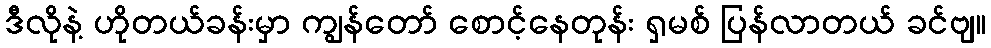
ဒီလိုနဲ့ ဟိုတယ်ခန်းမှာ ကျွန်တော် စောင့်နေတုန်း ရှမစ် ပြန်လာတယ် ခင်ဗျ။